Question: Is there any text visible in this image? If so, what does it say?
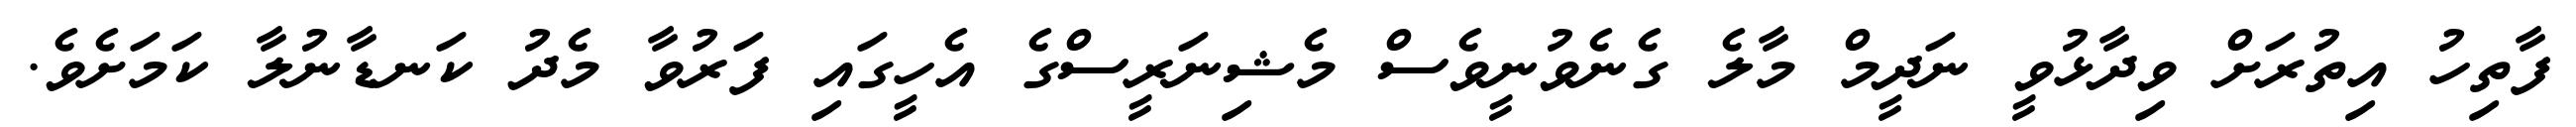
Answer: ފާތިހު އިތުރަށް ވިދާޅުވީ ނަދީމް މާލެ ގެނެވުނީވެސް މެޝިނަރީސްގެ އެހީގައި ފަރުވާ މެދު ކަނޑާނުލާ ކަމަށެވެ.